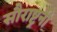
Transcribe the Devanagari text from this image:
सौराष्ट्रनी